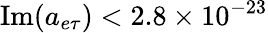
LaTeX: \mathrm{Im}(a_{e\tau})<2.8\times 10^{-23}